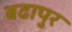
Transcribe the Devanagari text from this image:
बढापुर